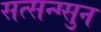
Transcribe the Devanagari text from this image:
सत्सन्ग्सुन